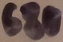
Text: 680